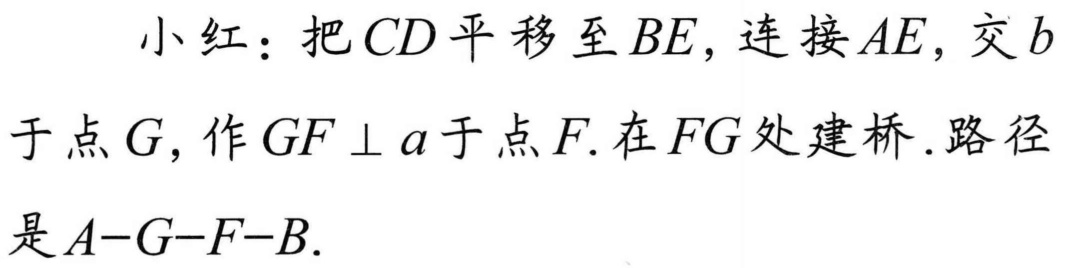
小红：把\(CD\)平移至\(BE\)，连接\(AE\)，交\(b\)
于点\(G\)，作\(GF\perp a\)于点\(F\). 在\(FG\)处建桥.路径
是\(A - G - F - B\).